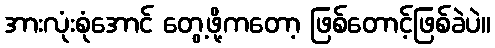
အားလုံးစုံအောင် တွေ့ဖို့ကတော့ ဖြစ်တောင့်ဖြစ်ခဲပဲ။